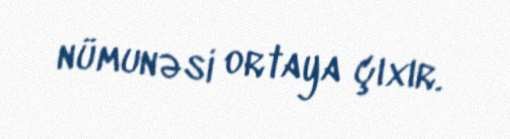
nümunəsi ortaya çıxır.